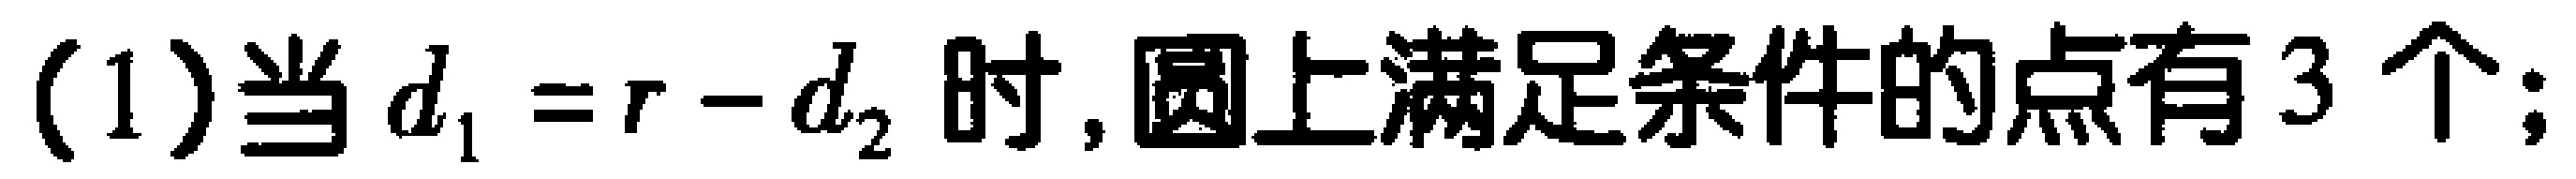
(1)当 \(d_{1}=r - d_{2}\) 时,圆上满足条件的点有 \(3\) 个;